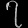
Digit: ၇